38_143685_box7_Incident_Summaries_1-100
Agency: Department of War
Page 82
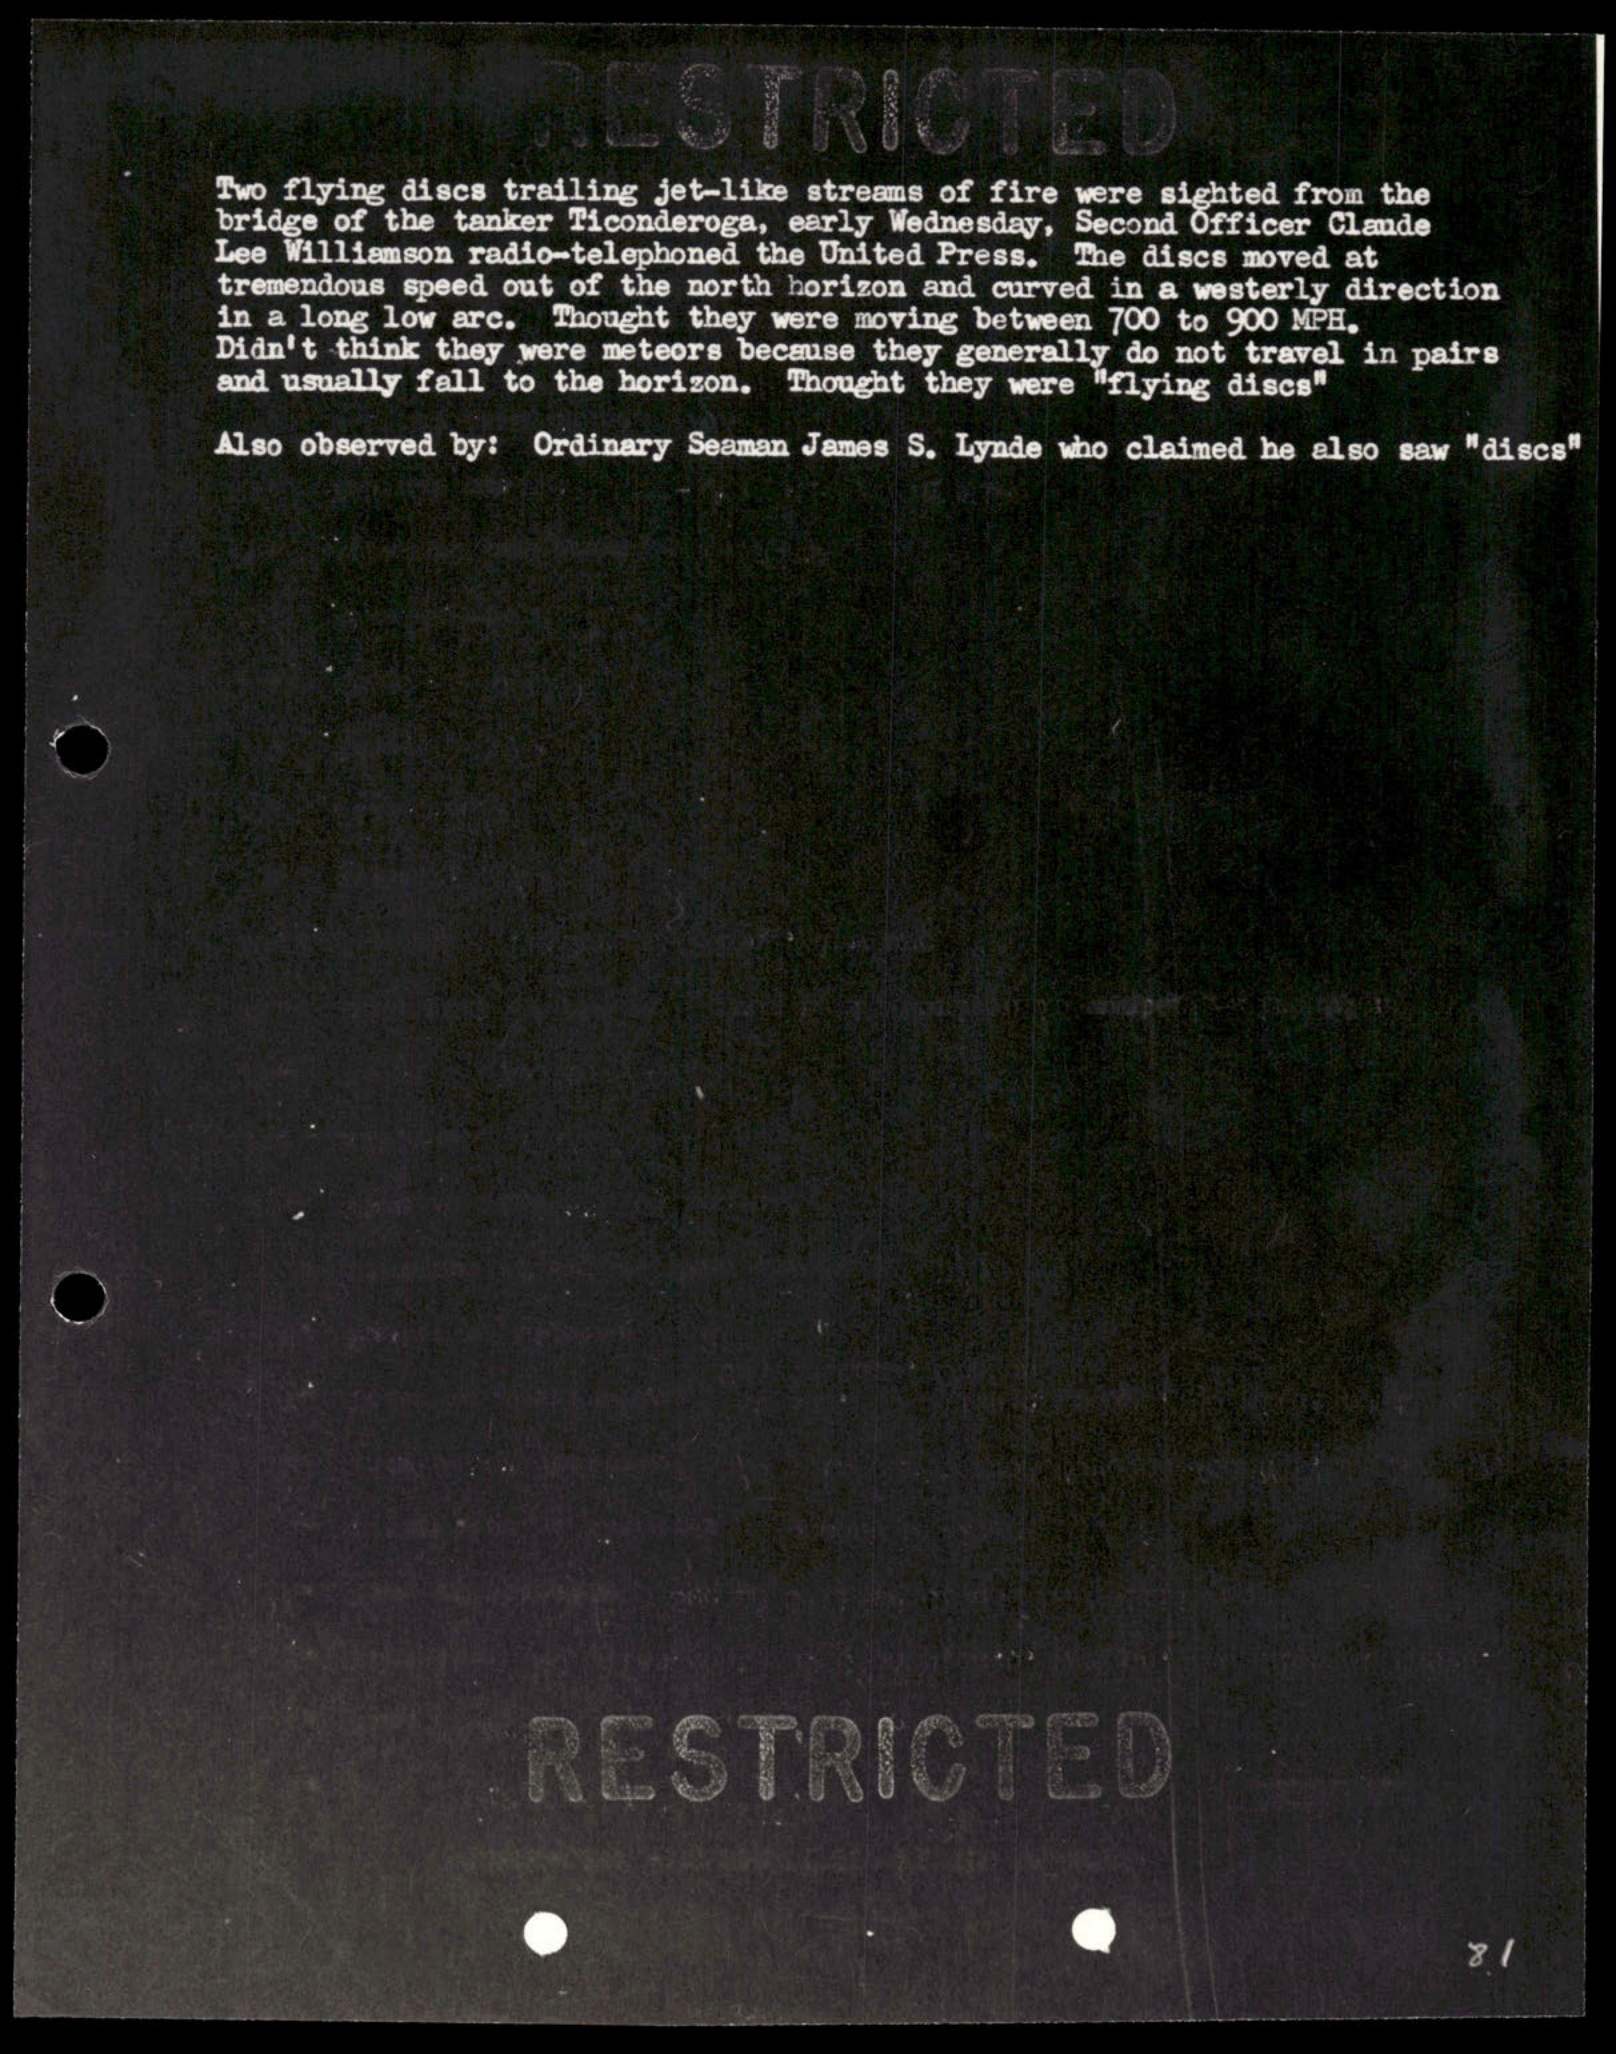